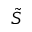
\tilde { S }